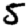
Digit: 5